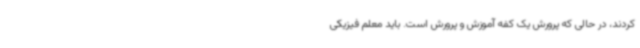
کردند، در حالی که پرورش یک کفه آموزش و پرورش است. باید معلم فیزیکی